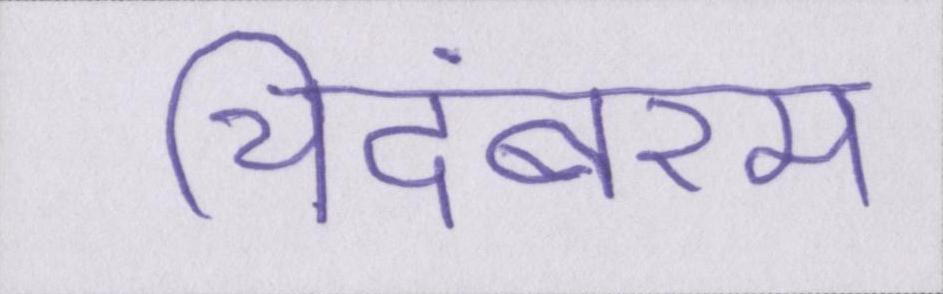
चिदंबरम